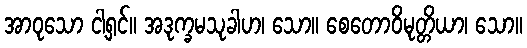
အာဝုသော ငါ့ရှင်။ အဒုက္ခမသုခါဟ၊ သော။ စေတောဝိမုတ္တိယာ၊ သော။